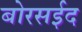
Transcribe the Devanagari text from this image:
बोरसईद